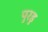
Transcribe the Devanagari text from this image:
पुरडु